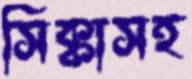
সিক্কাসহ